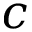
c